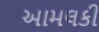
આમલકી